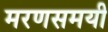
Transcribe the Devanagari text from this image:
मरणसमयी